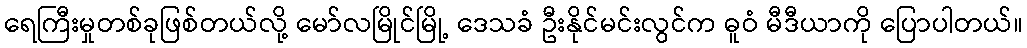
ရေကြီးမှုတစ်ခုဖြစ်တယ်လို့ မော်လမြိုင်မြို့ ဒေသခံ ဦးနိုင်မင်းလွင်က ဓူဝံ မီဒီယာကို ပြောပါတယ်။